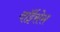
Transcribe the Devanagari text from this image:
वॉईसेस